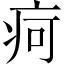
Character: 疴